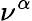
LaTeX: \nu^{\alpha}